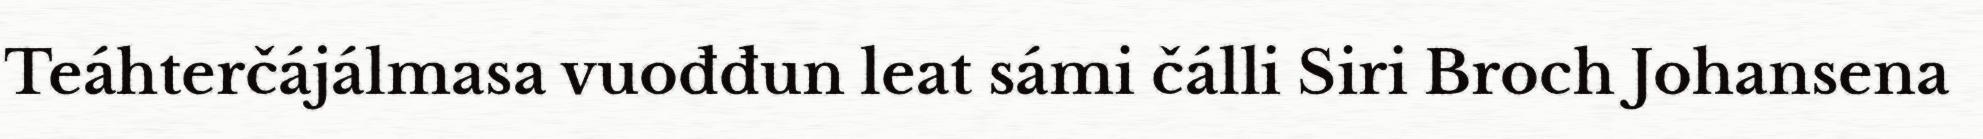
Teáhterčájálmasa vuođđun leat sámi čálli Siri Broch Johansena